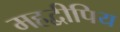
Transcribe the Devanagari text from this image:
महद्वीपिय